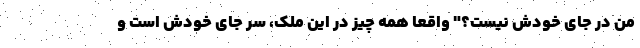
من در جای خودش نیست؟" واقعا همه چیز در این مُلک، سر جای خودش است و